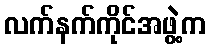
လက်နက်ကိုင်အဖွဲ့က